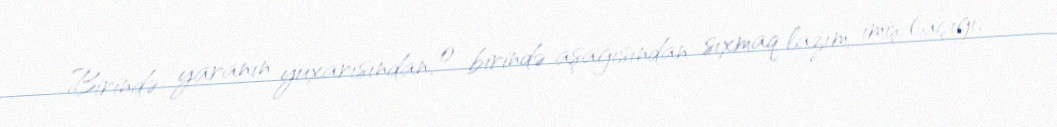
Birində yaranın yuxarısından, o birində aşağısından sıxmaq lazım imiş (açığı,